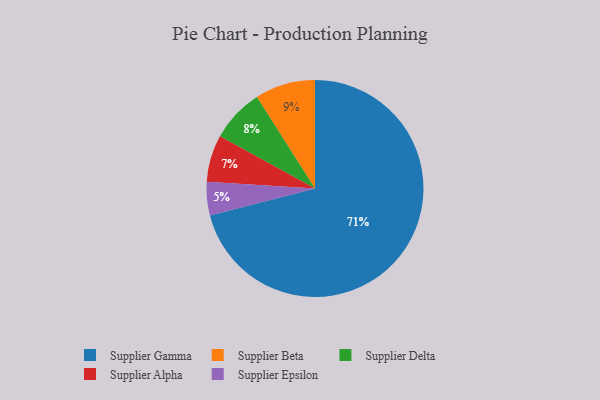
{"axis": {"x": "Category", "y": "Percentage"}, "legend": ["Supplier Alpha", "Supplier Beta", "Supplier Delta", "Supplier Epsilon", "Supplier Gamma"], "data": [{"x": "Supplier Alpha", "y": 7, "type": "Supplier Alpha"}, {"x": "Supplier Epsilon", "y": 5, "type": "Supplier Epsilon"}, {"x": "Supplier Beta", "y": 9, "type": "Supplier Beta"}, {"x": "Supplier Delta", "y": 8, "type": "Supplier Delta"}, {"x": "Supplier Gamma", "y": 71, "type": "Supplier Gamma"}]}